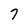
Character: 7